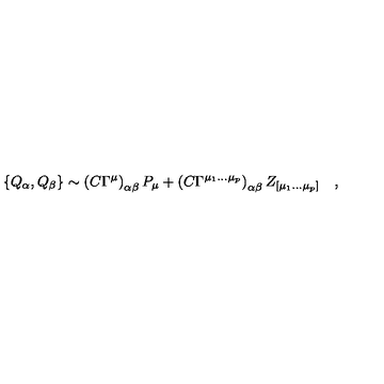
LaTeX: \{ Q _ { \alpha } , Q _ { \beta } \} \sim \left( C \Gamma ^ { \mu } \right) _ { \alpha \beta } P _ { \mu } + \left( C \Gamma ^ { \mu _ { 1 } \ldots \mu _ { p } } \right) _ { \alpha \beta } Z _ { [ \mu _ { 1 } \ldots \mu _ { p } ] } \quad ,